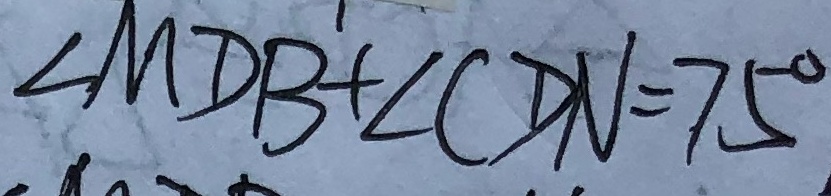
\angle M D B + \angle C D N = 7 5 ^ { \circ }